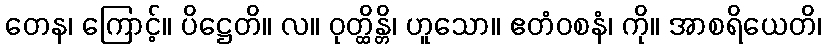
တေန၊ ကြောင့်။ ပိဋ္ဌေတိ။ လ။ ဝုတ္ထိန္တိ၊ ဟူသော။ ဧတံဝစနံ၊ ကို။ အာစရိယေတိ၊